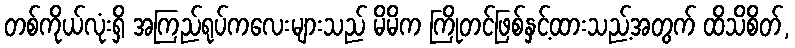
တစ်ကိုယ်လုံးရှိ အကြည်ရုပ်ကလေးများသည် မိမိက ကြိုတင်ဖြစ်နှင့်ထားသည့်အတွက် ထိသိစိတ်,